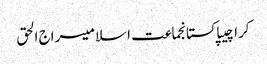
کراچیپاکستانجماعت اسلامیسراج الحق